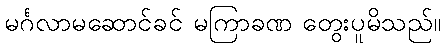
မင်္ဂလာမဆောင်ခင် မကြာခဏ တွေးပူမိသည်။